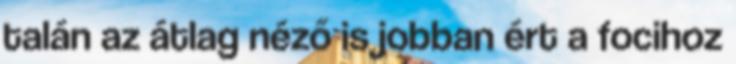
talán az átlag néző is jobban ért a focihoz